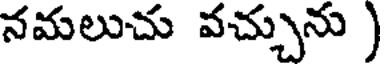
నమలుచు వచ్చును )